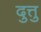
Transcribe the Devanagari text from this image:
दुत्तु